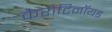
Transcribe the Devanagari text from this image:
कैरोटिनॉयड